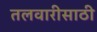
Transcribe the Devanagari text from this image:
तलवारीसाठी